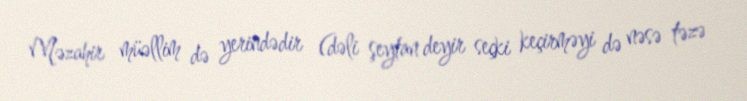
Məzahir müəllim də yerindədir (dəli şeytan deyir seçki keçirməyi də nəsə təzə